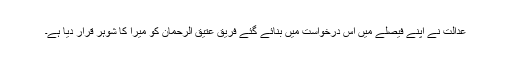
عدالت نے اپنے فیصلے میں اس درخواست میں بنائے گئے فریق عتیق الرحمان کو میرا کا شوہر قرار دیا ہے۔